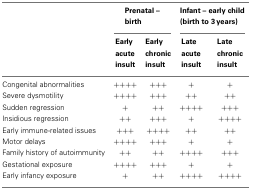
<table><thead><tr><td></td><td colspan="2"><b>Prenatal – birth</b></td><td colspan="2"><b>Infant – early child (birth to 3 years)</b></td></tr><tr><td></td><td><b>Early acute insult</b></td><td><b>Early chronic insult</b></td><td><b>Late acute insult</b></td><td><b>Late chronic insult</b></td></tr></thead><tbody><tr><td>Congenital abnormalities</td><td>++++</td><td>+++</td><td>+</td><td>+</td></tr><tr><td>Severe dysmotility</td><td>++++</td><td>+++</td><td>++</td><td>++</td></tr><tr><td>Sudden regression</td><td>+</td><td>++</td><td>++++</td><td>+++</td></tr><tr><td>Insidious regression</td><td>++</td><td>+++</td><td>+</td><td>++++</td></tr><tr><td>Early immune-related issues</td><td>+++</td><td>++++</td><td>++</td><td>++</td></tr><tr><td>Motor delays</td><td>++++</td><td>+++</td><td>+</td><td>+</td></tr><tr><td>Family history of autoimmunity</td><td>++</td><td>++</td><td>++++</td><td>+++</td></tr><tr><td>Gestational exposure</td><td>++++</td><td>+++</td><td>+</td><td>+</td></tr><tr><td>Early infancy exposure</td><td>+</td><td>++</td><td>++++</td><td>++++</td></tr></tbody></table>